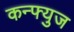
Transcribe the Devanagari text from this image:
कन्फ्युज